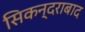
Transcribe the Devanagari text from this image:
सिकन्‍दराबाद